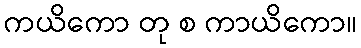
ကယိကော တု စ ကာယိကော။